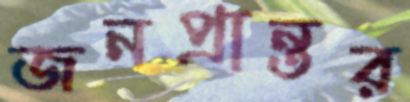
জনপ্রান্তর